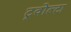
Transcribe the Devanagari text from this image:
ट्रवोल्टा